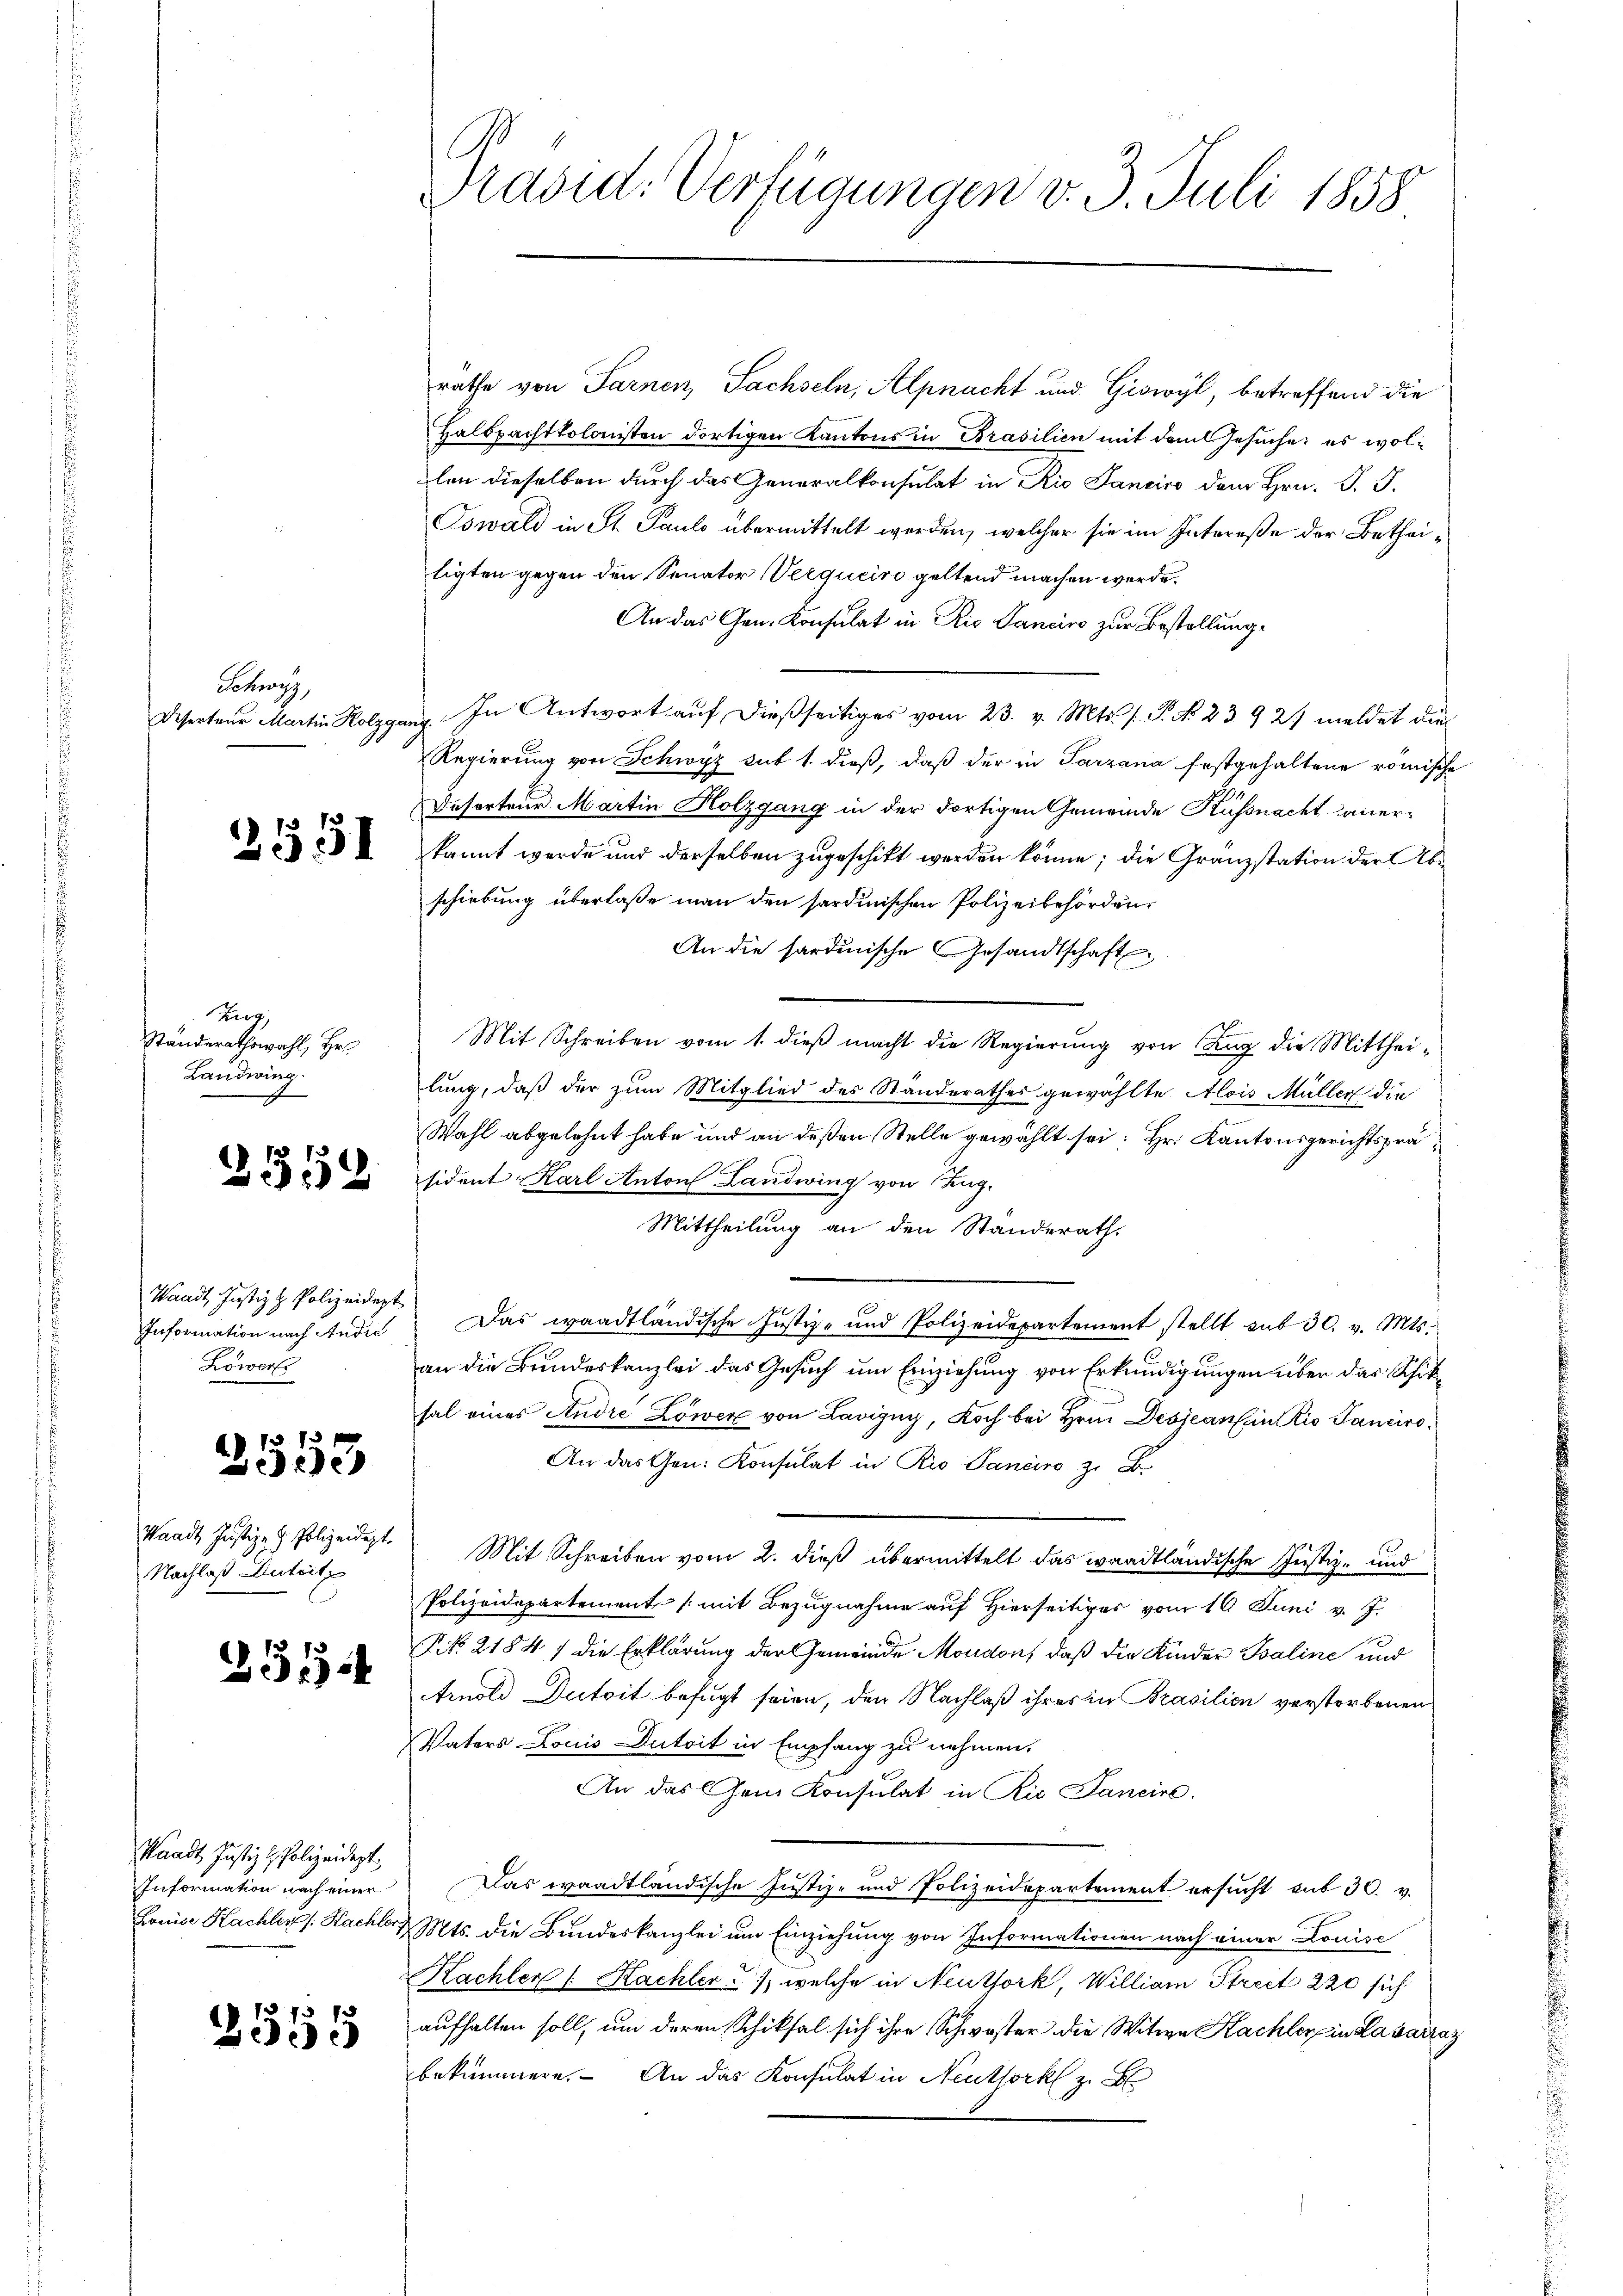
Schwyz,
Deserteur Martin Holzge

Kauz,
Ständerathswahl, Hr.
Landwing.

3319

Waadt, Justiz & Polizeidept
Information nach Andic
Lower

f 12 x
Leide

Waadt Justiz- & Polizeidept.
Nachlaß Dutritz

331

Waadt, Justiz spolizeidigt,
Information nach einer
Louise Kachler Kachl

2555

Präsid. Verfügungen v. 3. Juli 1858

rathe von Sarnen Sachseln, Alpnacht und Giswyl, betreffend die
Halbpachtkolonisten dortigen Kantons in Brasilien mit dem Gesuche: es wolplan dieselben durch das Generalkonsulat in Rio Sancivo dem Hrn. J. J.
Oswald in St. Paulo übermittelt werden, welcher sie im Intereße der Betheiligten gegen den Senator (Verqueiro geltend machen werde.
An das Gen. Konsulat in Rio Sanciro zur Bestellung.
eg. In Antwort auf dießseitiges vom 23. v. Mts. f. P. No. 23927 meldet die
Regierung von Schwyz sub 1. dieß, daß der in Tarzana festgehaltene römische
Deserteur Martin Kolzgang in der dortigen Gemeinde Küssnacht aner¬
  kannt werde und derselben zugeschikt werden könne; die Gränzstation der Abschiebung überlaße man den sardinischen Polizeibehörden.
An die sardinische Gesandtschaft
Mit Schreiben vom 1. dieß macht die Regierung von Tag die Mittheilung, daß der zum Mitglied des Standerathes gewählte Alois Müller die
Wahl abgelehnt habe und an deßen Stelle gewählt sei: Hr. Kantonsgerichtspräsident Karl Anton Landwing von Kug
Mittheilung an den Standerath,
Das waadtländische Justiz- und Polizeidepartement stellt sub 30. v. Mts.
an die Bundeskanzlei das Gesuch um Einziehung von Erkundigungen über das Schikhal eines Andre Löwen von Lavigny, Koch bei Hrn. Desse ansenio Sanciro¬
An das Gen. Konsulat in Rio Pancire z. B.
Mit Schreiben vom 2. dieß übermittelt das waadtländische Justiz- und
Polizeidepartement (mit Bezugnahme auf Hierseitiges vom 16. Juni v. J.
NNo. 21847 die Erklärung der Gemeinde Moudon, daß die Kinder Saline und
Arnold Dutoit befugt seien, den Nachlaß ihres in Brasilien verstorbenen
Vaters Louis Dutoit in Empfang zu nehmen.
An das Gem Konsulat in Rio Sancirs.
Das waadtländische Justiz- und Polizeidepartement ersucht sub 30. v.
2 Mts. die Bundeskanzlei um Einziehung von Informationen nach einer Louise
Kachler (: Kachler), welche in Neutfork, William Streck 220 sich
aufhalten soll, um deren Schiksal sich ihre Schwester die Witwe Kachler in Lausacraz
bekümmern. An das Konsulat in Neuthork z. B